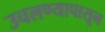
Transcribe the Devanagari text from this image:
उचलण्यापासून